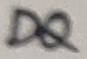
Text: DQ